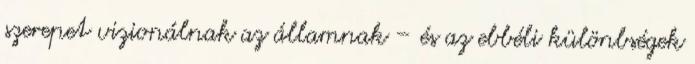
szerepet vizionálnak az államnak – és az ebbéli különbségek